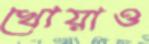
খোয়াও